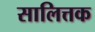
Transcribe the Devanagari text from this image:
सालित्तक